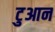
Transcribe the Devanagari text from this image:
टुआन